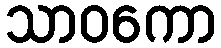
သာဝကော